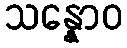
သန္နောဝ